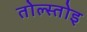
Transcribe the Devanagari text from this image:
तोल्स्तोइ